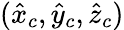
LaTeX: (\hat{x}_{c},\hat{y}_{c},\hat{z}_{c})